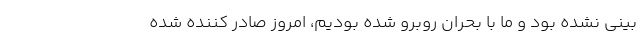
بینی نشده بود و ما با بحران روبرو شده بودیم، امروز صادر کننده شده